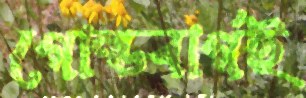
গোল্ডবার্গই